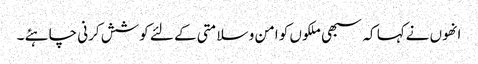
انھوں نےکہا کہ سبھی ملکوں کو امن و سلامتی کے لئے کوشش کرنی چاہئے ۔